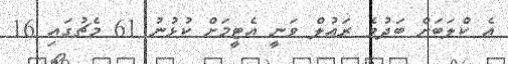
އެ ކްލަބަށް ބަދުވެ ރައުލް ވަނީ އެޓީމަށް ކުޅުނު 61 މެޗުގައި 16